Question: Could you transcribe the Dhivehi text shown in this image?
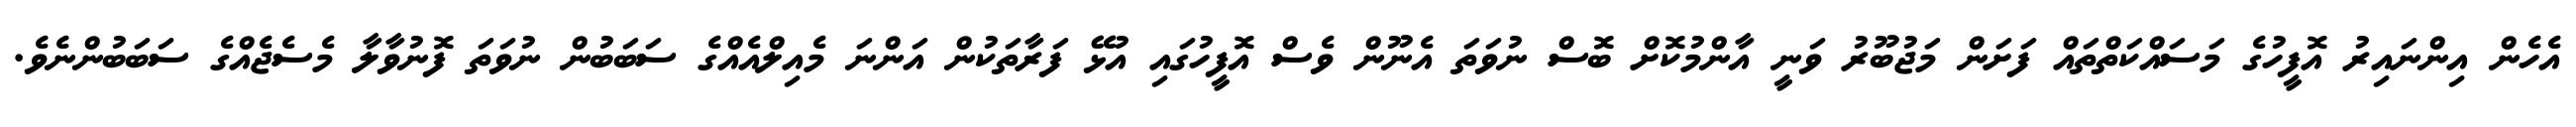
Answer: އެހެން އިންނައިރު އޮފީހުގެ މަސައްކަތްތައް ފަށަން މަޖުބޫރު ވަނީ އާންމުކޮށް ބޮސް ނުވަތަ އެނޫން ވެސް އޮފީހުގައި އުޅޭ ފަރާތަކުން އަންނަ މެއިލްއެއްގެ ސަބަބުން ނުވަތަ ފޮނުވާލާ މެސެޖެއްގެ ސަބަބުންނެވެ.